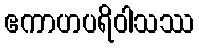
ဧကာဟပရိဝါသဿ